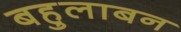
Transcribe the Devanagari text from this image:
बहुलाबन